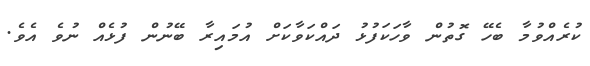
ކުރެއްވުމާ ބެހޭ ގޮތުން ވާހަކަފުޅު ދައްކަވާކަށް އުމައިރާ ބޭނުން ފުޅެއް ނުވެ އެވެ.